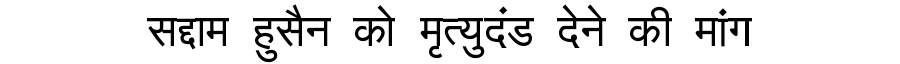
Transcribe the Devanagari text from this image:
सद्दाम हुसैन को मृत्युदंड देने की मांग